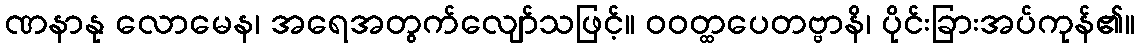
ဏနာနု လောမေန၊ အရေအတွက်လျော်သဖြင့်။ ဝဝတ္ထပေတဗ္ဗာနိ၊ ပိုင်းခြားအပ်ကုန်၏။